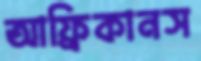
আফ্রিকানস